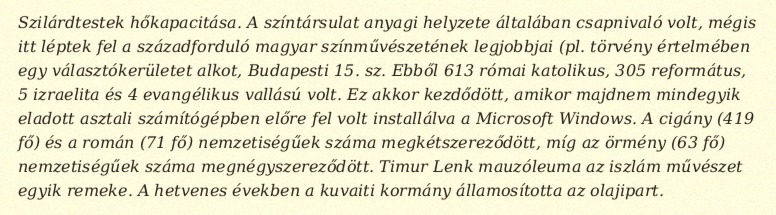
Szilárdtestek hőkapacitása. A színtársulat anyagi helyzete általában csapnivaló volt, mégis itt léptek fel a századforduló magyar színművészetének legjobbjai (pl. törvény értelmében egy választókerületet alkot, Budapesti 15. sz. Ebből 613 római katolikus, 305 református, 5 izraelita és 4 evangélikus vallású volt. Ez akkor kezdődött, amikor majdnem mindegyik eladott asztali számítógépben előre fel volt installálva a Microsoft Windows. A cigány (419 fő) és a román (71 fő) nemzetiségűek száma megkétszereződött, míg az örmény (63 fő) nemzetiségűek száma megnégyszereződött. Timur Lenk mauzóleuma az iszlám művészet egyik remeke. A hetvenes években a kuvaiti kormány államosította az olajipart.